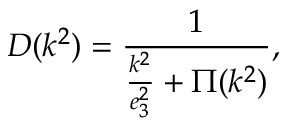
D ( k ^ { 2 } ) = \frac { 1 } { \frac { k ^ { 2 } } { e _ { 3 } ^ { 2 } } + \Pi ( k ^ { 2 } ) } ,